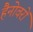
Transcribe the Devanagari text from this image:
हैनोवरों